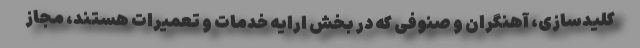
کلیدسازی، آهنگران و صنوفی که در بخش ارایه خدمات و تعمیرات هستند، مجاز